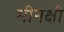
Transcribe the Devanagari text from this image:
मीनक्षी